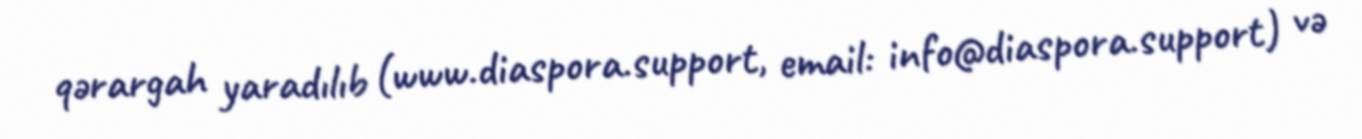
qərargah yaradılıb (www.diaspora.support, email: info@diaspora.support) və